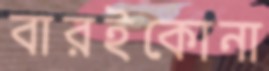
বারইকোনা